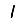
Digit: 1